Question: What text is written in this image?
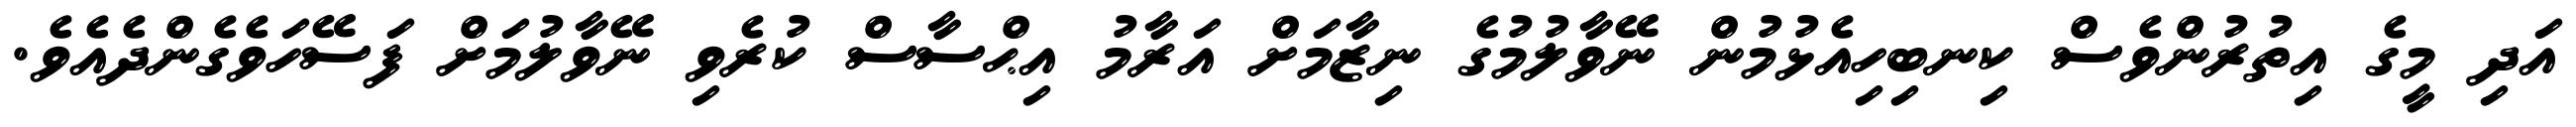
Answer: އަދި މީގެ އިތުރުންވެސް ކިނބިހިއެޅުމުން ނޭވާލުމުގެ ނިޒާމަށް އަރާމު އިޙްސާސް ކުރެވި ނޭވާލުމަށް ފަސޭހަވެގެންދެއެވެ.